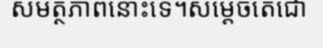
សមត្ថភាពនោះទេ។សម្តេចតេជោ